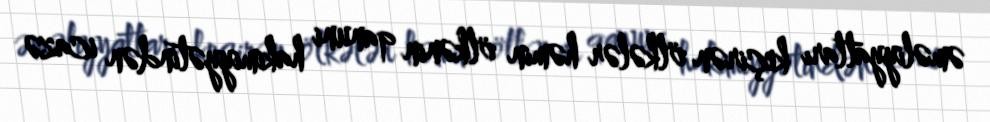
əməliyyatları keçirən ölkələr həmin ölkənin qanuni hakimiyyətindən icazə